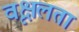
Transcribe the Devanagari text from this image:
वृक्षलता